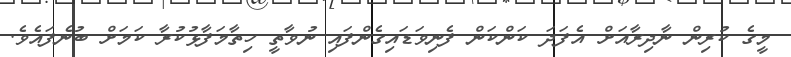
މީގެ ކުރިން ނާދިރާއަށް އެފަދަ ކަންކަން ފެނިވަޑައިގެންފައި ނުވާތީ ހިތާމަފާޅުކުރާ ކަމަށް ބުނެފައެވެ.